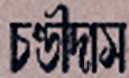
চণ্ডীদাস